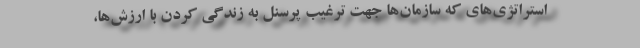
استراتژی‌های که سازمان‌ها جهت ترغیب پرسنل به زندگی کردن با ارزش‌ها،